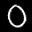
Label: 0